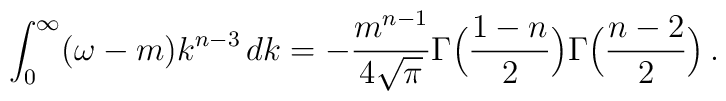
\int_0^\infty (\omega - m) k^{n-3} \, dk = - \frac{m^{n-1}}{4 \sqrt{\pi}}\Gamma\Bigl(\frac{1-n}{2}\Bigr) \Gamma\Bigl(\frac{n-2}{2}\Bigr)\, .